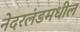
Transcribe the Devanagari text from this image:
नेदरलंडमधील